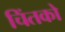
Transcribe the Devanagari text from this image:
चिंतको